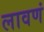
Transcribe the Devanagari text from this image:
लावणं